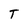
Character: T